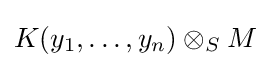
K(y_{1},\dots ,y_{n})\otimes _{S}M